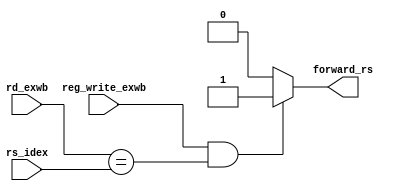
`timescale 1ns / 1ps
//////////////////////////////////////////////////////////////////////////////////
// Company: 
// Engineer: 
// 
// Design Name: 
// Module Name:    Forwarding_Unit 
// Project Name: 
// Target Devices: 
// Tool versions: 
// Description: 
//
// Dependencies: 
//
// Revision: 
// Revision 0.01 - File Created
// Additional Comments: 
//
//////////////////////////////////////////////////////////////////////////////////
module Forwarding_Unit(
	input reg_write_exwb,
	input [2:0] rd_exwb,
	input [2:0] rs_idex,
	output reg forward_rs
    );
	
	wire ex_condition = (reg_write_exwb) && (rd_exwb == rs_idex);
	always@(*)
	begin
		if(ex_condition)
			forward_rs = 1'b1;
		else
			forward_rs = 1'b0;
	end


endmodule